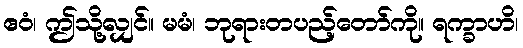
ဧဝံ၊ ဤသို့လျှင်။ မမံ၊ ဘုရားတပည့်တော်ကို။ ရက္ခာဟိ၊